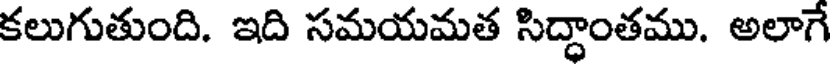
కలుగుతుంది. ఇది సమయమత సిద్ధాంతము. అలాగే